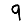
Digit: 9